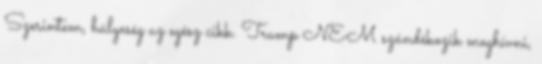
Szerintem, hülyeség az egész cikk. Trump NEM szándékozik meghívni,